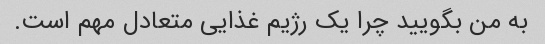
به من بگویید چرا یک رژیم غذایی متعادل مهم است.